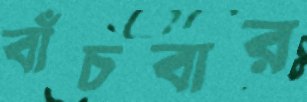
বাঁচবার